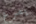
يصرخ